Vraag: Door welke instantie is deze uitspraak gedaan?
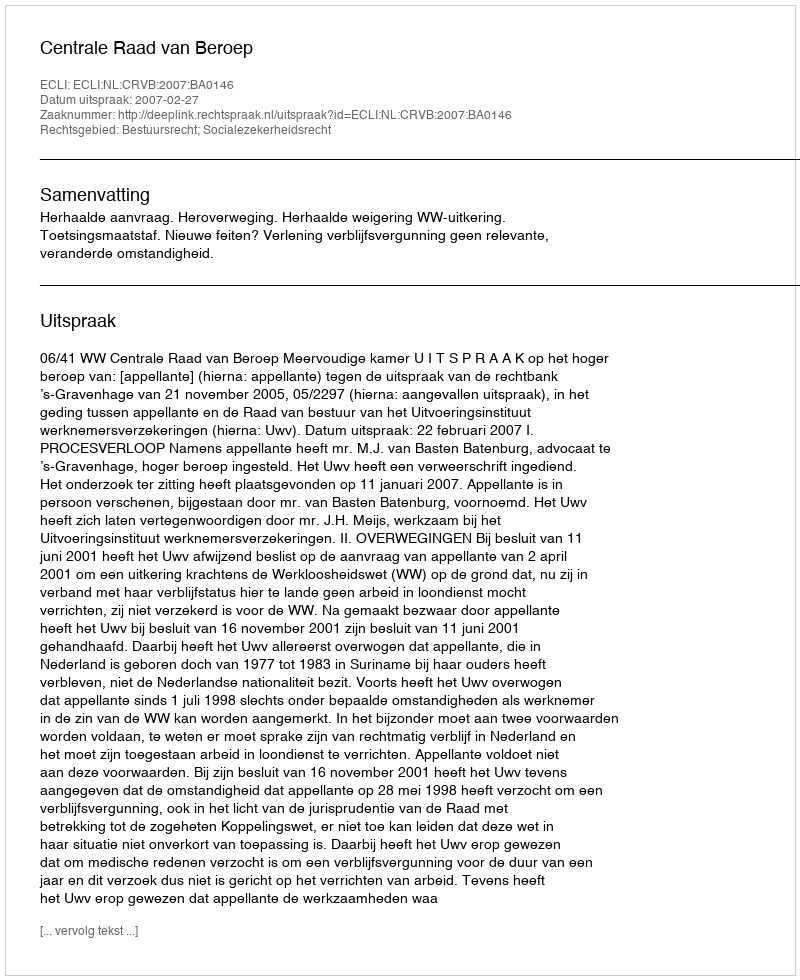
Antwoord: Centrale Raad van Beroep